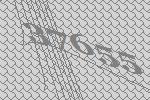
37655